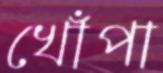
খোঁপা